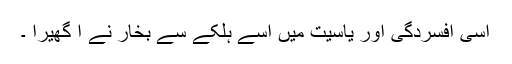
اسی افسردگی اور یاسیت میں اسے ہلکے سے بخار نے آ گھیرا ۔